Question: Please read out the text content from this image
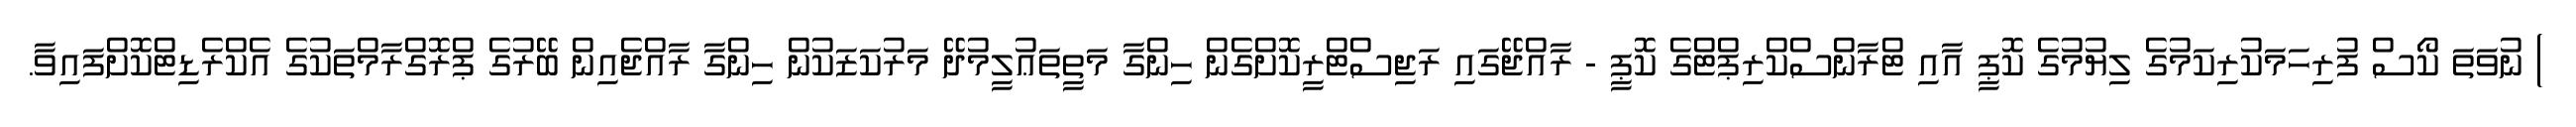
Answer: ) ނުވަތަ ކޯސް ފުރިހަމަކުރިކަމުގެ ލިޔުމުގެ ކޮޕީ އާއި ޓްރާންސްކްރިޕްޓްގެ ކޮޕީ - ރާއްޖޭގައި ރަޖިސްޓްރީކޮށްގެން ހިންގާ މަތީތަޢުލީމުދޭ މަރުކަޒަކުން ހިންގާ ރާއްޖެއިން ބޭރުގެ ޕްރޮގްރާމްތަކުގެ އެކްރެޑިޓްކޮށްފައިވާ.